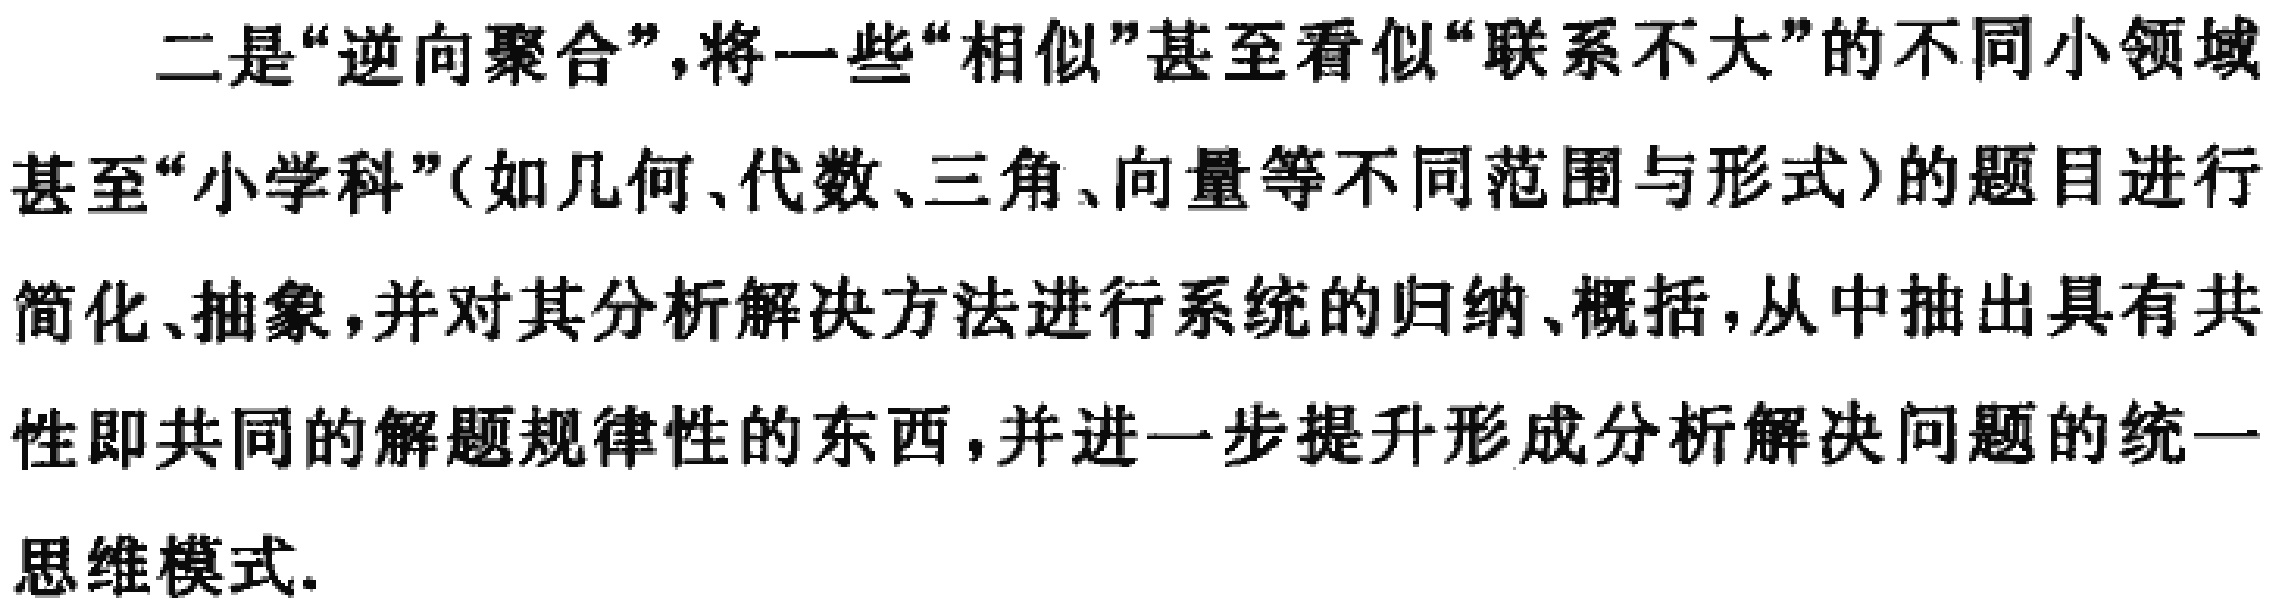
二是“逆向聚合”，将一些“相似”甚至看似“联系不大”的不同小领域甚至“小学科”(如几何、代数、三角、向量等不同范围与形式)的题目进行简化、抽象，并对其分析解决方法进行系统的归纳、概括，从中抽出具有共性即共同的解题规律性的东西，并进一步提升形成分析解决问题的统一思维模式.